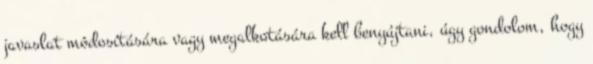
javaslat módosítására vagy megalkotására kell benyújtani, úgy gondolom, hogy